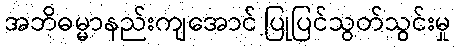
အဘိဓမ္မာနည်းကျအောင် ပြုပြင်သွတ်သွင်းမှု